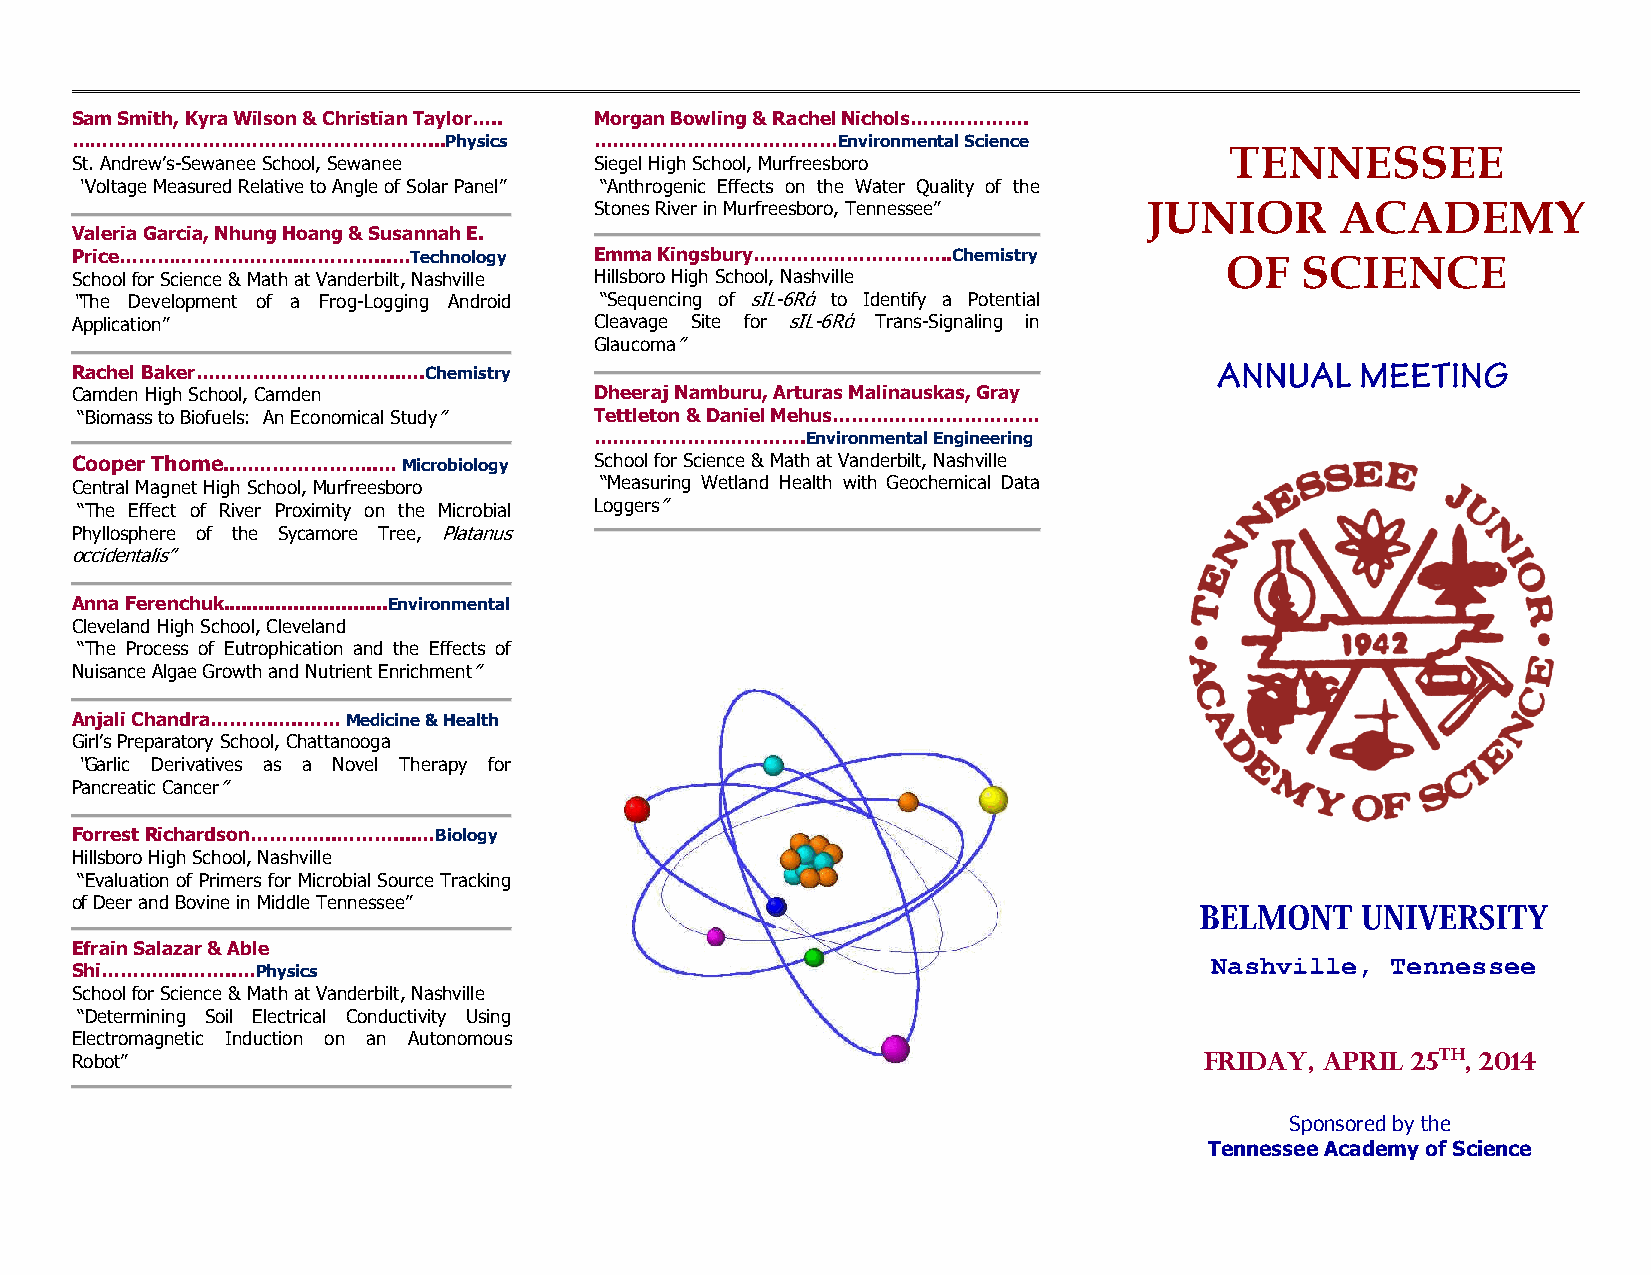
Sam Smith, Kyra Wilson & Christian Taylor….. Morgan Bowling & Rachel Nichols……………….
 …………………………………………………...Physics     …………………………………Environmental Science
 TENNESSEE
 St. Andrew’s-Sewanee School, Sewanee Siegel High School, Murfreesboro
 “Voltage Measured Relative to Angle of Solar Panel” “Anthrogenic Effects on the Water Quality of the
 Stones River in Murfreesboro, Tennessee” JUNIOR   ACADEMY
 Valeria Garcia, Nhung Hoang & Susannah E.
 Price………………………..…………...…Technology Emma Kingsbury…………………………..Chemistry      OF   SCIENCE
 School for Science & Math at Vanderbilt, Nashville Hillsboro High School, Nashville
 “The Development of a Frog-Logging Android “Sequencing of sIL-6Rά to Identify a Potential
 Application”                      Cleavage Site for sIL-6Rά Trans-Signaling in
 Glaucoma”
 Rachel Baker……………………….…..….Chemistry
 Camden High School, Camden        Dheeraj Namburu, Arturas Malinauskas, Gray
 “Biomass to Biofuels: An Economical Study” Tettleton & Daniel Mehus……………………………
 …………………………….Environmental Engineering
 Cooper Thome..…………………..… Microbiology School for Science & Math at Vanderbilt, Nashville
 Central Magnet High School, Murfreesboro “Measuring Wetland Health with Geochemical Data
 “The Effect of River Proximity on the Microbial Loggers”
 Phyllosphere of the Sycamore Tree, Platanus
 occidentalis”
 Anna Ferenchuk............................Environmental
 Cleveland High School, Cleveland
 “The Process of Eutrophication and the Effects of
 Nuisance Algae Growth and Nutrient Enrichment”
 Anjali Chandra……….…..…… Medicine & Health
 Girl’s Preparatory School, Chattanooga
 “Garlic Derivatives as a Novel Therapy for
 Pancreatic Cancer”
 Forrest Richardson…………..………....…Biology
 Hillsboro High School, Nashville
 “Evaluation of Primers for Microbial Source Tracking
 of Deer and Bovine in Middle Tennessee”
 Efrain Salazar & Able
 Nashville,  Tennessee
 Shi…………..……..…Physics
 School for Science & Math at Vanderbilt, Nashville
 “Determining Soil Electrical Conductivity Using
 Electromagnetic Induction on an Autonomous
 Robot”                                                                     Friday, April 25th, 2014
 Sponsored by the
 Tennessee Academy of Science